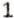
1